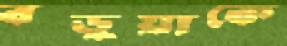
বড়ুয়াকে